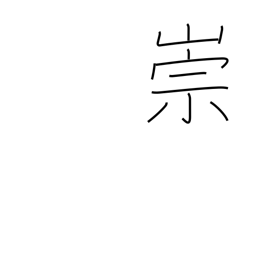
Meaning: adore